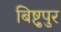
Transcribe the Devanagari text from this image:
बिष्टुपुर